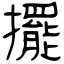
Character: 擺